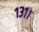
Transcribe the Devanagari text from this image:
१३१।